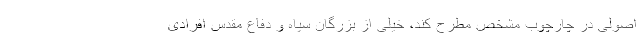
اصولی در چارچوب مشخص مطرح کند، خیلی از بزرگان سپاه و دفاع مقدس افرادی